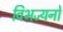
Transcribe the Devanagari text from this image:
विभज्यनो